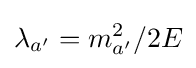
\lambda _{a'}=m_{a'}^{2}/2E